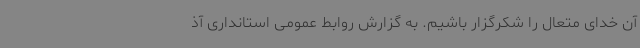
آن خدای متعال را شکرگزار باشیم. به گزارش روابط عمومی استانداری آذ